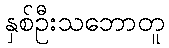
နှစ်ဦးသဘောတူ